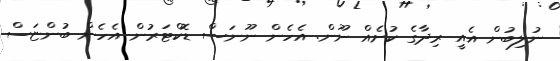
ނުލިބުން އެއީ ރިދާގެ ކުށެއް ނޫން. އެހެން ނޫނަސް ޑޮކްޓަރުން އެހެން ބުންޏަސް